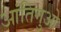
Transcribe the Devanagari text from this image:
आंतिगुओ